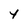
Character: 4